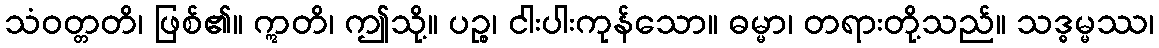
သံဝတ္တတိ၊ ဖြစ်၏။ ဣတိ၊ ဤသို့။ ပဉ္စ၊ ငါးပါးကုန်သော။ ဓမ္မာ၊ တရားတို့သည်။ သဒ္ဓမ္မဿ၊